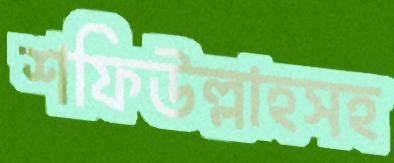
শফিউল্লাহসহ